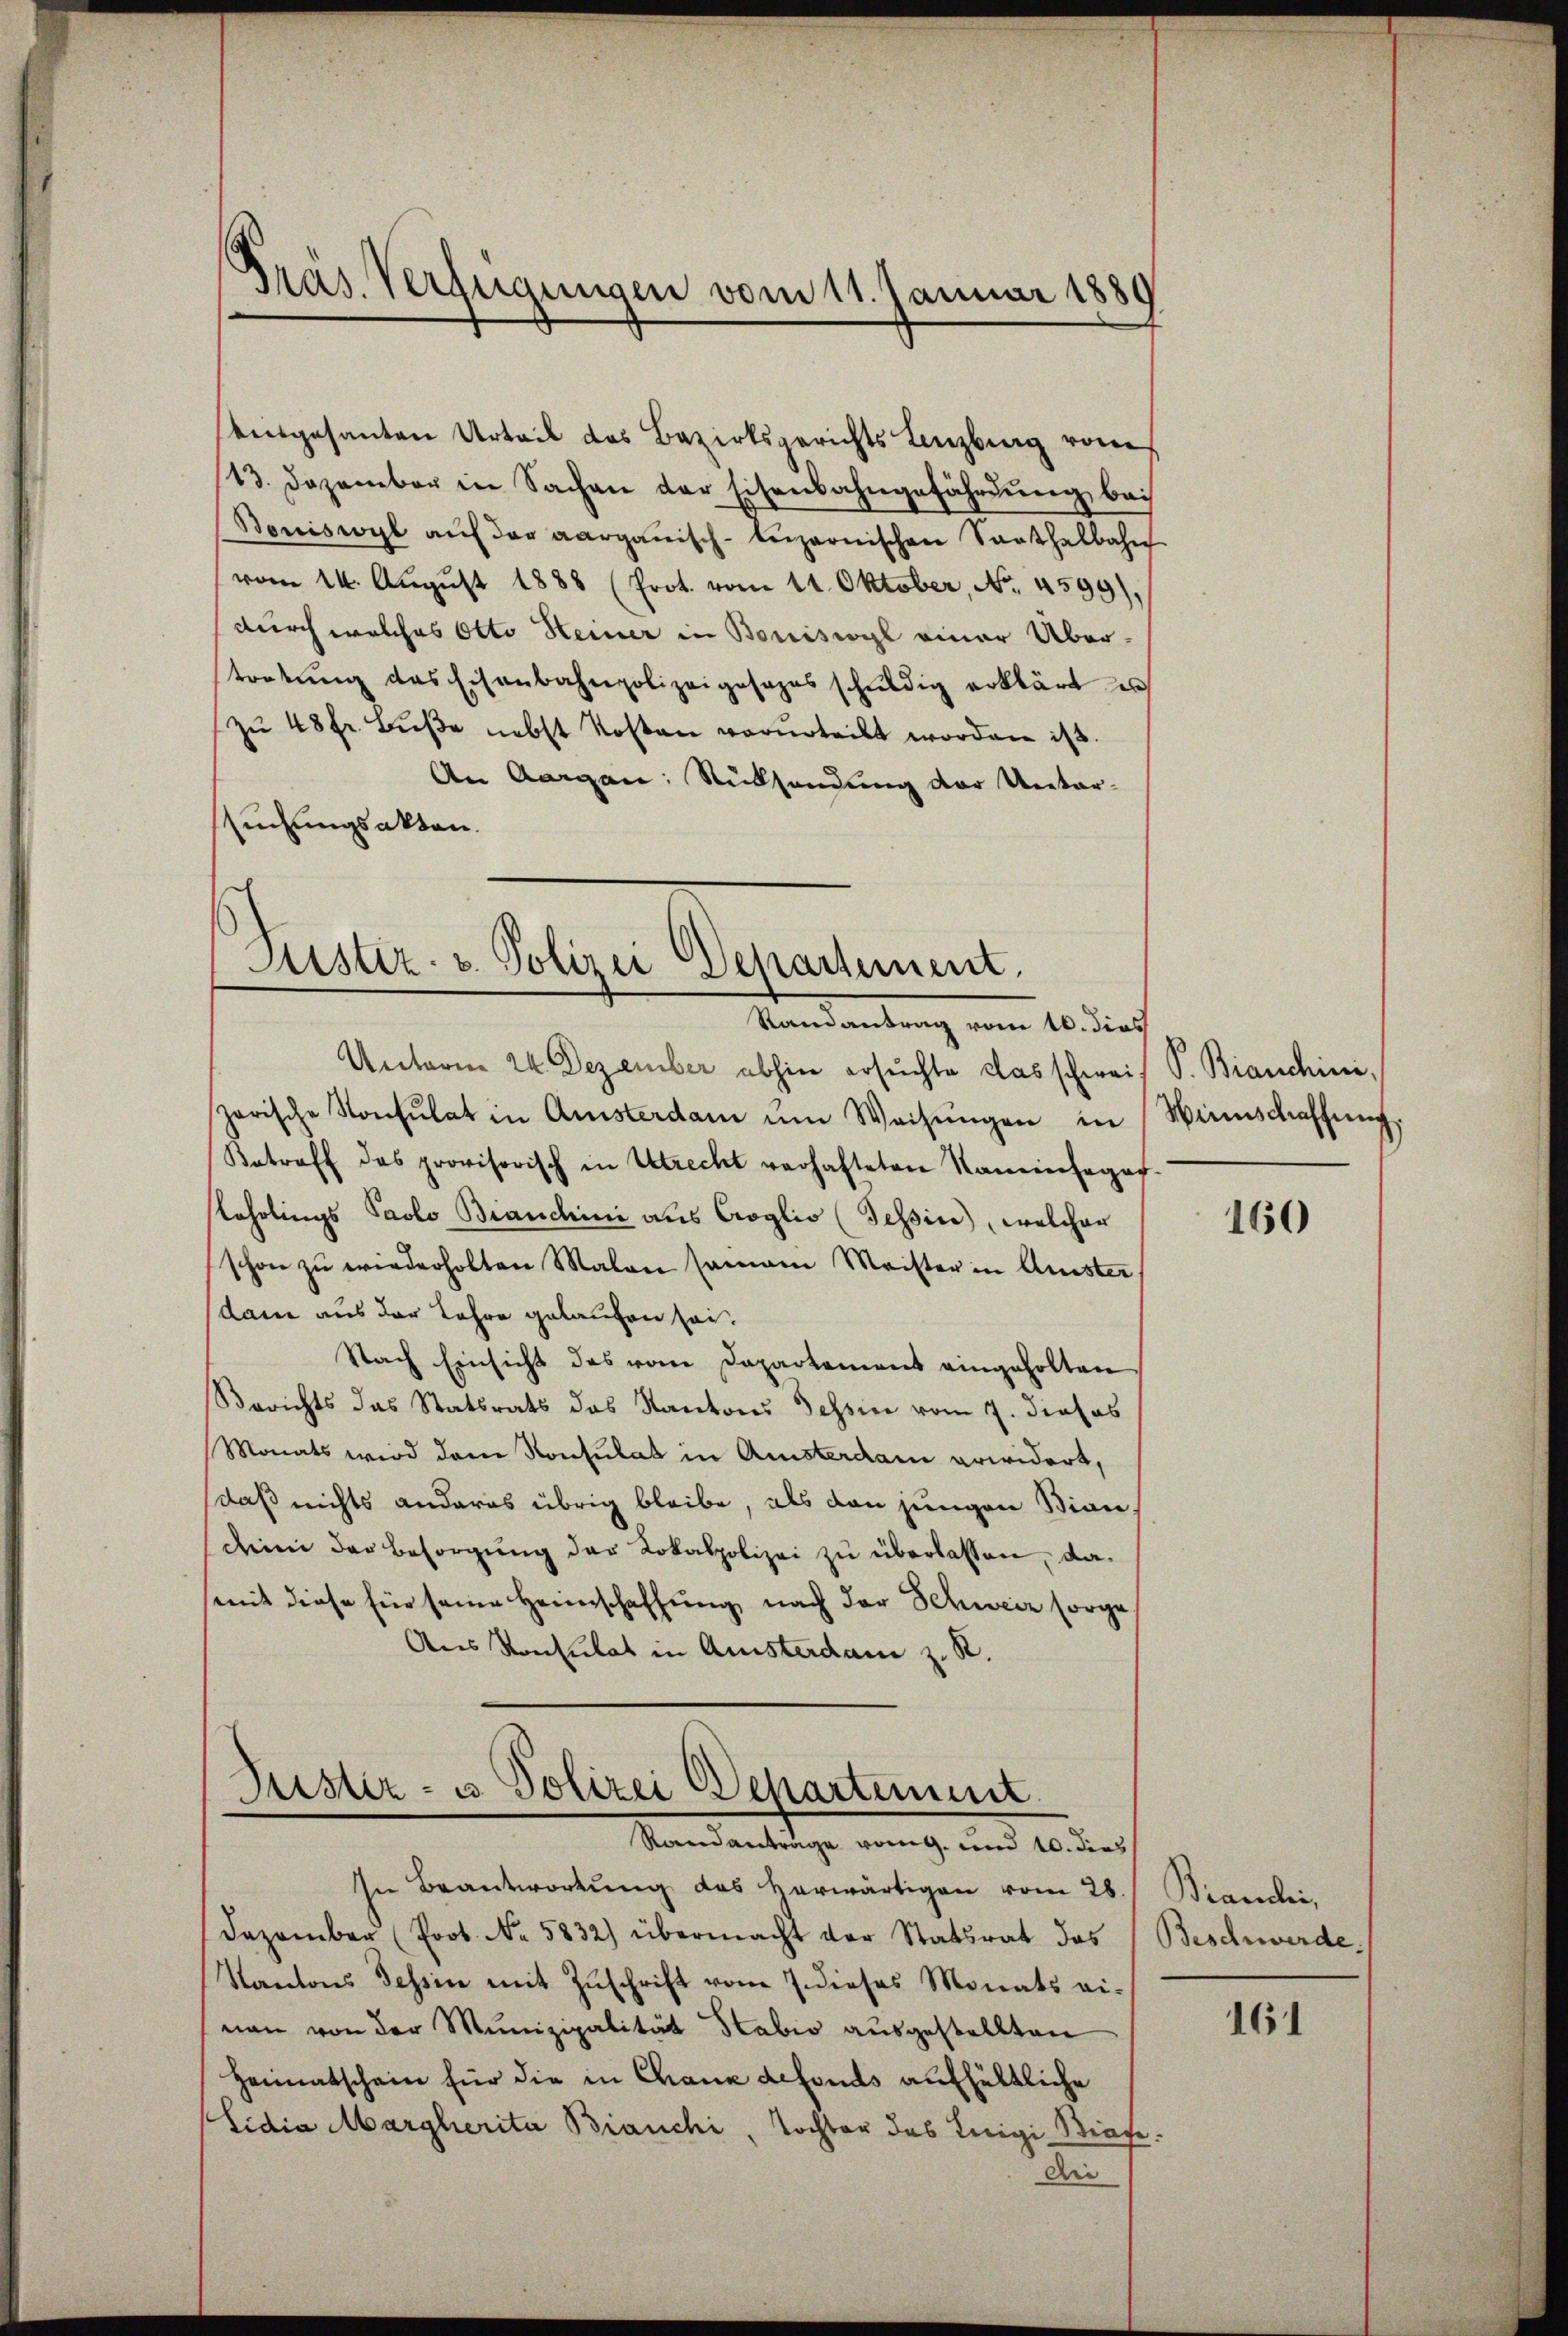
Gras. Verfügungen vom 11. Januar 1880

besgesanten Urteil des Bezirksgerichts Lenzburg von
13. Dezember in Sachen der Eisenbahngefährdung bei
Boniswyl auf der aargauisch-leizernischen Santhalbahn
vom 14. Aŭgŭst 1888 (Prot. vom 11. Oktober, No. 4599),
durch welches Otto Heiner in Borriswyl einer Über-
tretung des Eisenbahnpolizeiposapas schuldig erklärt es
zŭ 48 Fr. Bŭβe nebst Kosten verurteilt worden ist.
An Aargau: Rücksendung der Unter-
Einungsakten.

Justiz- u. Polizei Departement.
Randantrag vom 16. dies

Unterm 24. Dezember abhin ersuchte das schweis P. Bianchini,
garische Konsulat in Amsterdam ŭm Weisŭngen in
Betroff das provisorisch in Utrecht verhafteten Kaminfeger-
Lehrlings Paolo Brandini aus Croglio (Tessin, welcher
schon zŭ wiederholten Malen samann Meister in Anster
dam aus der Lehre gelaufen sei.
Nach Einsicht des vom Departement eingeholten
Berichts das Statsrats das Kantons Tessin vom 7. dieses
Monats wird dem Konsulat in Austerdam erwidert,
daß nichts anderes übrig bleibe, als den jungen Bian,
deine der Besorgung der Lokalpolizei zu überlassen, damit diese für seine Heimschaffung nach der Schweiz sorge
Aus Konsulat in Quisterdam z. R.

Justiz- u Polizei Departement
Randanträge vom g. und 10. dies

In Beantwortung des herwärtigen vom 28.
Dezember (Prot. No. 5832) übermacht der Statsrat das
Kantons Tessin mit Zŭschrift vom 7. dieses Monats ei-
nan von der Munizipalität Stabio ausgestellten
Heimatschein für die in Chanc defonds aufhältliche
Lidia Margherita Bianchi, Tochter des Luigi Stiefe
dii

Wieinschaffung.

160

Branden,
Beschwerde.

161